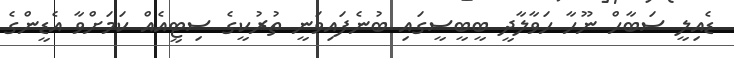
ޑެއިލީ ސަބާހް ނޫހާ ހަވާލާދީ ބީބީސީގައި ބުނެފައިވަނީ ތުރުކީގެ ސިޓީއެއް ކަމަށްވާ އެޑީންގެ